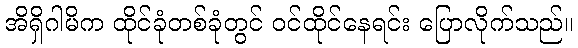
အိရှိဂါမိက ထိုင်ခုံတစ်ခုံတွင် ဝင်ထိုင်နေရင်း ပြောလိုက်သည်။